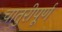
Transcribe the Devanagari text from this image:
चातुरीपूर्ण